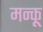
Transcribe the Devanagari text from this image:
मन्कू